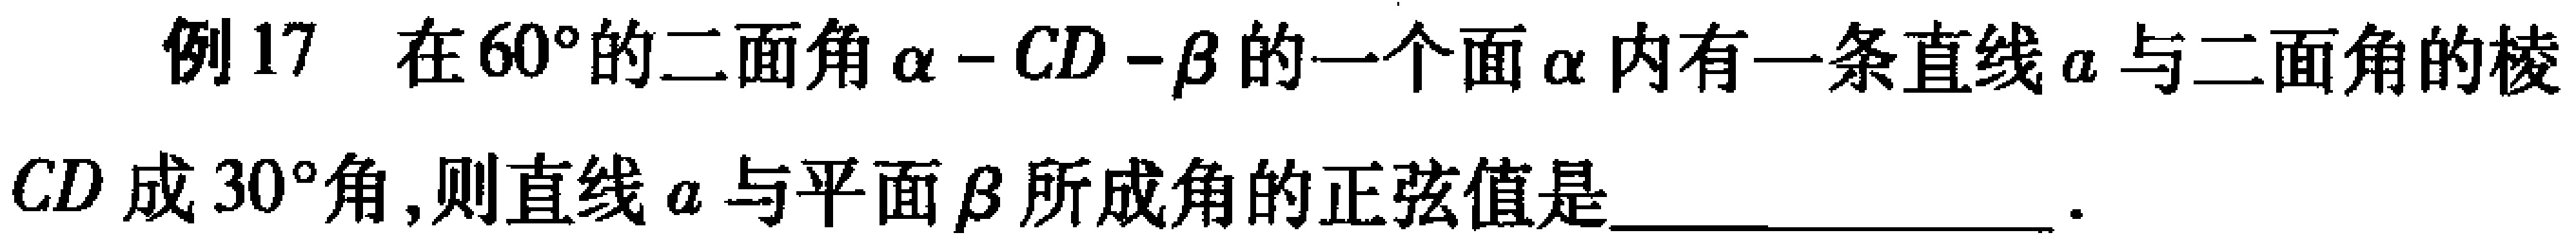
例17 在\(60^{\circ}\)的二面角\(\alpha - CD - \beta\)的一个面\(\alpha\)内有一条直线\(a\)与二面角的棱\(CD\)成\(30^{\circ}\)角,则直线\(a\)与平面\(\beta\)所成角的正弦值是________________.